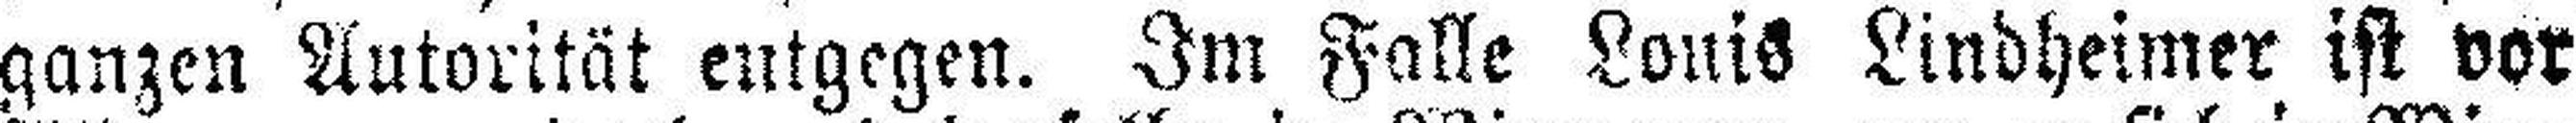
ganzen Autorität entgegen. Im Falle Louis Lindheimer ist vor